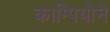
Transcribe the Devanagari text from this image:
काम्पियोने